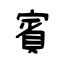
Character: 賓